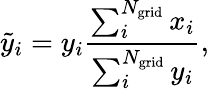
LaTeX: \tilde{y}_{i}=y_{i}\frac{\sum_{i}^{N_{\textrm{grid}}}x_{i}}{\sum_{i}^{N_{\textrm{grid}}}y_{i}},